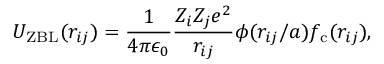
U _ { \mathrm { Z B L } } ( r _ { i j } ) = \frac { 1 } { 4 \pi \epsilon _ { 0 } } \frac { Z _ { i } Z _ { j } e ^ { 2 } } { r _ { i j } } \phi ( r _ { i j } / a ) f _ { \mathrm { c } } ( r _ { i j } ) ,